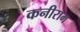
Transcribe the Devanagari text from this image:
कनीराम